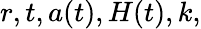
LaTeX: r,t,a(t),H(t),k,